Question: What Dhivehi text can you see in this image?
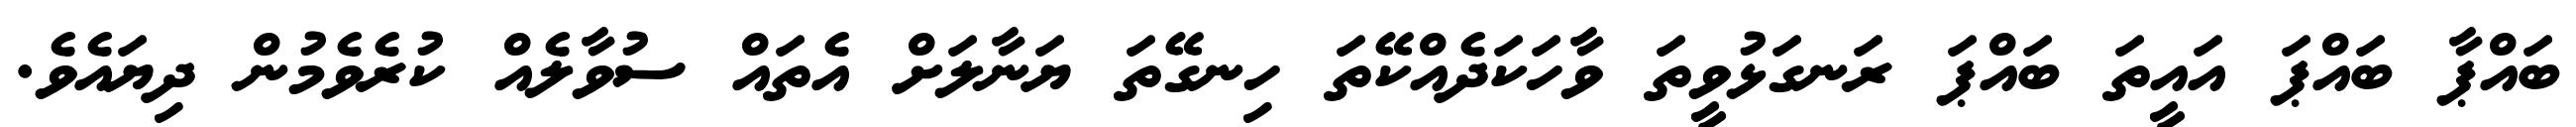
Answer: ބައްޕާ ބައްޕަ އައީތަ ބައްޕަ ރަނގަޅުވީތަ ވާހަކަދެއްކޭތަ ހިނގޭތަ ޔަނާލަށް އެތައް ސުވާލެއް ކުރެވެމުން ދިޔައެވެ.